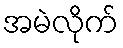
အမဲလိုက်